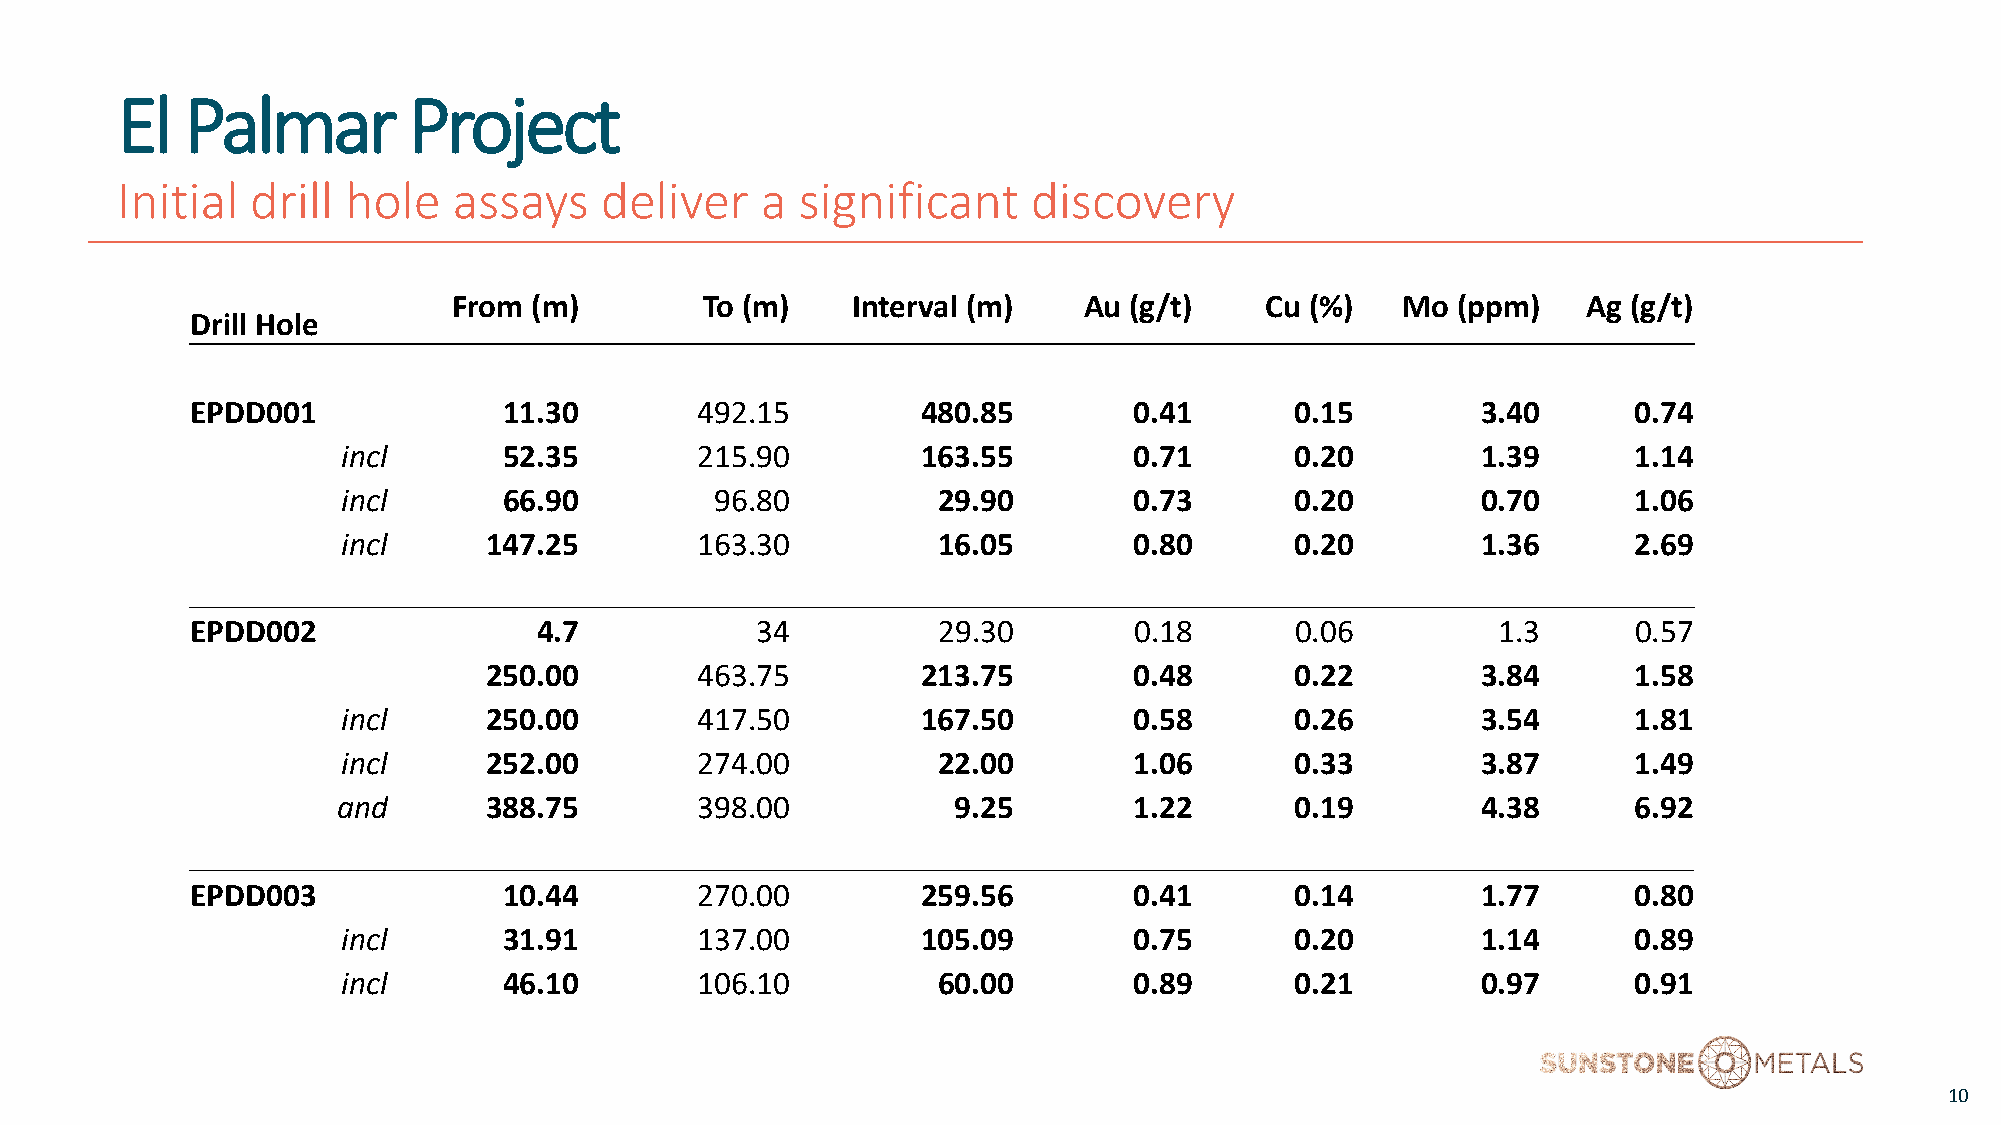
El  Palmar         Project
 Initial  drill hole   assays    deliver   a  significant    discovery
 From (m)         To (m)   Interval (m)    Au (g/t)    Cu (%)   Mo (ppm)    Ag (g/t)
 Drill Hole
 EPDD001             11.30        492.15         480.85        0.41       0.15        3.40      0.74
 incl      52.35        215.90         163.55        0.71       0.20        1.39      1.14
 incl      66.90         96.80          29.90        0.73       0.20        0.70      1.06
 incl     147.25        163.30          16.05        0.80       0.20        1.36      2.69
 EPDD002                4.7           34          29.30        0.18       0.06         1.3      0.57
 250.00        463.75         213.75        0.48       0.22        3.84      1.58
 incl     250.00        417.50         167.50        0.58       0.26        3.54      1.81
 incl     252.00        274.00          22.00        1.06       0.33        3.87      1.49
 and       388.75        398.00           9.25        1.22       0.19        4.38      6.92
 EPDD003             10.44        270.00         259.56        0.41       0.14        1.77      0.80
 incl      31.91        137.00         105.09        0.75       0.20        1.14      0.89
 incl      46.10        106.10          60.00        0.89       0.21        0.97      0.91
 10